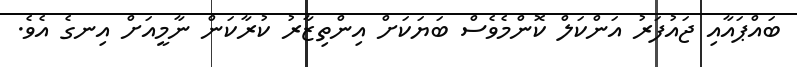
ބައްޕައާއި ޖައުފަރު އަންކަލް ކޮންމެވެސް ބަޔަކަށް އިންތިޒާރު ކުރާކަން ނާމީއަށް އިނގެ އެވެ.